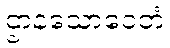
ဌာနသောဝေတံ